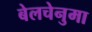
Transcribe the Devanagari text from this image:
बेलचेनुमा